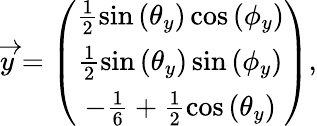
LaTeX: \begin{array}{r}{\overrightarrow{y}=\left(\begin{array}{c}{\frac{1}{2}\sin\left(\theta_{y}\right)\cos\left(\phi_{y}\right)}\\ {\frac{1}{2}\sin\left(\theta_{y}\right)\sin\left(\phi_{y}\right)}\\ {-\frac{1}{6}+\frac{1}{2}\cos\left(\theta_{y}\right)}\end{array}\right),}\end{array}